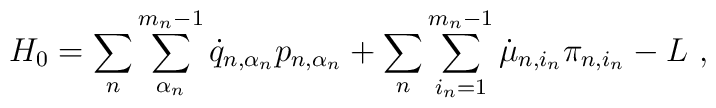
H_0=\sum_n\sum_{\alpha_n}^{m_n-1}\dot{q}_{n,\alpha_n}p_{n,\alpha_n}+\sum_n\sum_{i_n=1}^{m_n-1}\dot{\mu}_{n,i_n}\pi_{n,i_n}-L\ ,